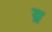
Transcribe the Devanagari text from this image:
य़